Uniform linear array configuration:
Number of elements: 32
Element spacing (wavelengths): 1
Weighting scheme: hann
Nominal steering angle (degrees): -60
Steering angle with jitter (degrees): -60.037
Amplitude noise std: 0.05
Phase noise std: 0.05

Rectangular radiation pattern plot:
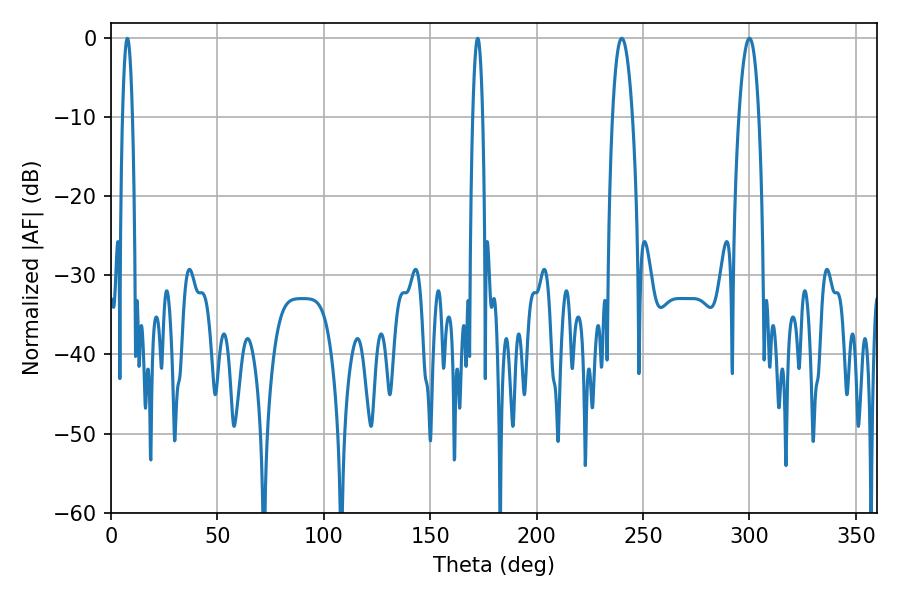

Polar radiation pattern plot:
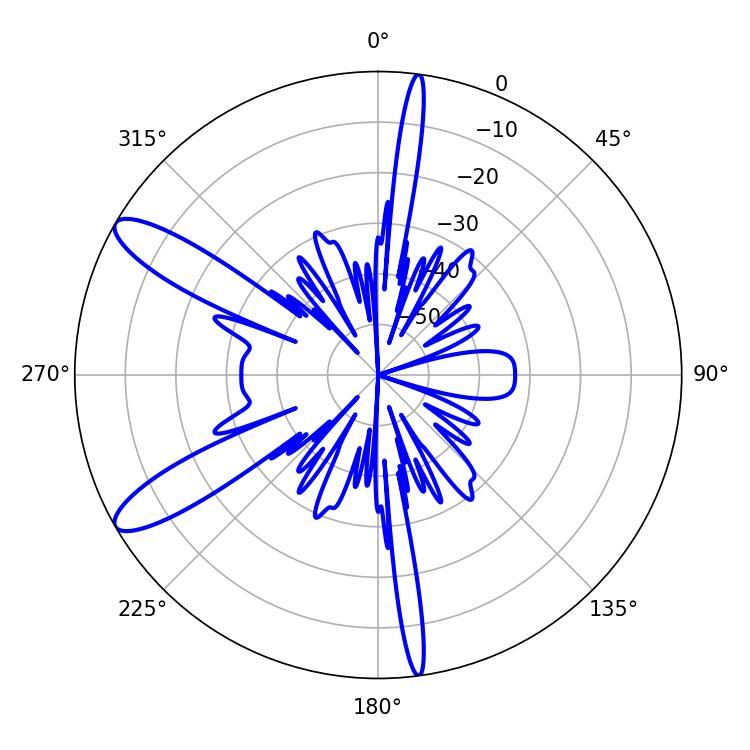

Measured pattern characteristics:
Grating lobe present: TRUE
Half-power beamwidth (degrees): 5.04
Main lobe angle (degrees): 239.94